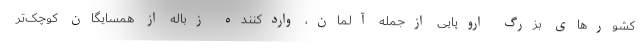
کشورهای بزرگ اروپایی ازجمله آلمان، واردکننده زباله از همسایگان کوچک‌تر